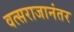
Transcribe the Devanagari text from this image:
वत्सराजानंतर